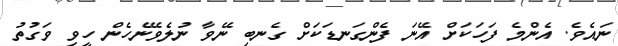
ނައެވެ. އެންމެ ފަހަކަށް އޭނަ ފެންގަނޑަކަށް ގެނބި ނޭވާ ނުލެވޭނެހެން ހީވި ވަގުތު